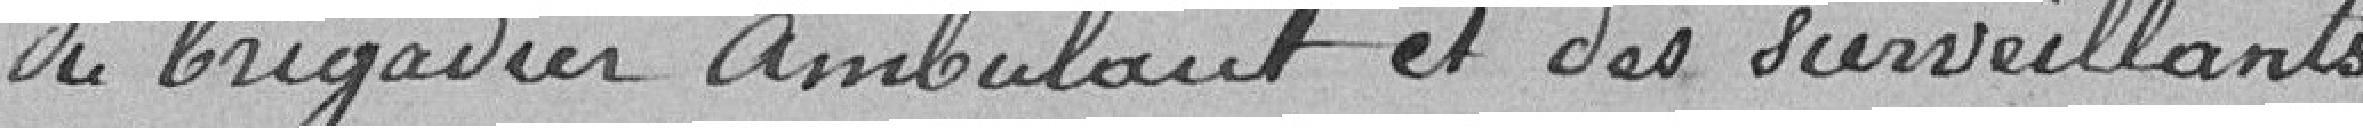
du brigadier ambulant et des surveillants